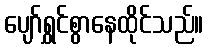
ပျော်ရွှင်စွာနေထိုင်သည်။